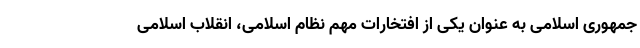
جمهوری اسلامی به عنوان یکی از افتخارات مهم نظام اسلامی، انقلاب اسلامی